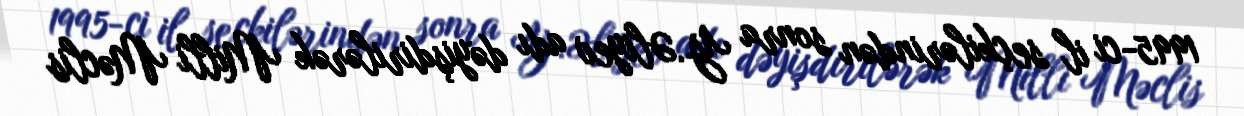
1995-ci il seçkilərindən sonra Y.Əliyev adı dəyişdirilərək Milli Məclis